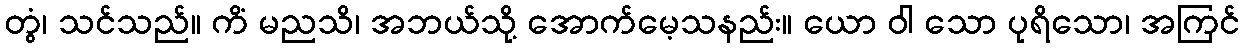
တွံ၊ သင်သည်။ ကိံ မညသိ၊ အဘယ်သို့ အောက်မေ့သနည်း။ ယော ဝါ သော ပုရိသော၊ အကြင်